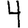
Digit: 4